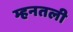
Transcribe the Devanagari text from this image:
म्हनतली